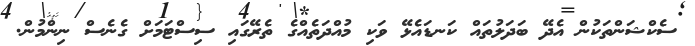
ސެކްޝަންތަކުން އެދޭ ބަދަލުތައް ކަނޑައެޅޭ ވަކި މުއްދަތެއްގެ ތެރޭގައި ސިސްޓަމަށް ގެނެސް ނިންމުން.